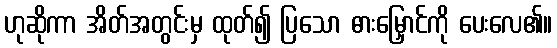
ဟုဆိုကာ အိတ်အတွင်းမှ ထုတ်၍ ပြသော ဓားမြှောင်ကို ပေးလေ၏။